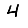
Digit: 4